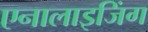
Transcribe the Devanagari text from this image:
एनालाइजिंग